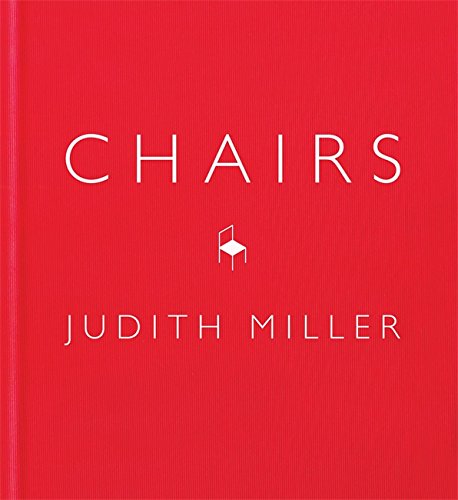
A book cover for Chairs; Judith Miller; Crafts, Hobbies & Home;